Vaccination in Burma 1920-1933 - 1920-1933
Year: 1920
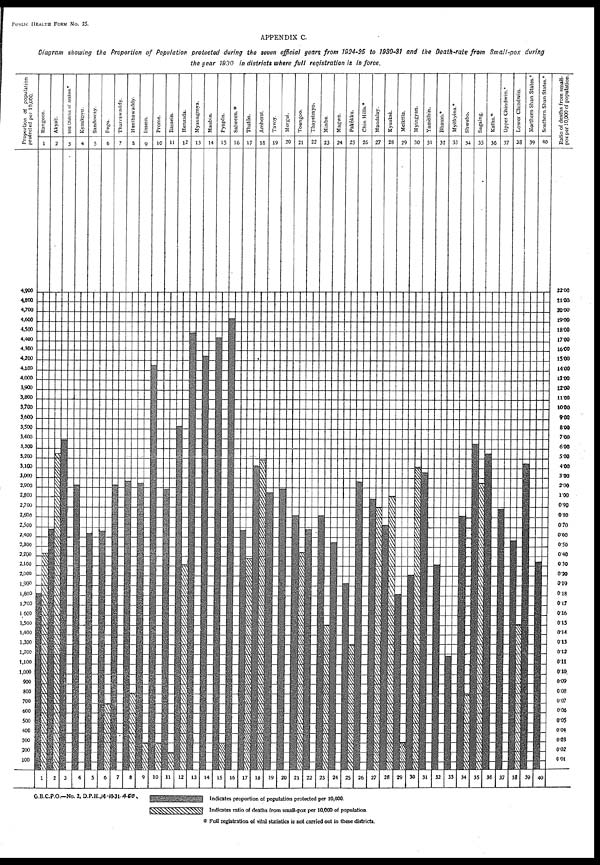
PUBLIC HEALTH FORM No. 25.
APPENDIX C.
Diagram showing the Proportion of Population protected during the seven official years from 1924-25 to 1930-31 and the Death-rate from Small-pox during
the year 1930 in districts where full registration is in force.
G.B.C.P.O.—No. 2, D.P.H.,14-10-31-460.
* Full registration of vital statistics is not carried out in these districts.